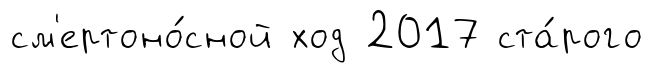
см'ертоно́сной ход 2017 ста́рого